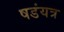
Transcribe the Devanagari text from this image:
षडंयत्र